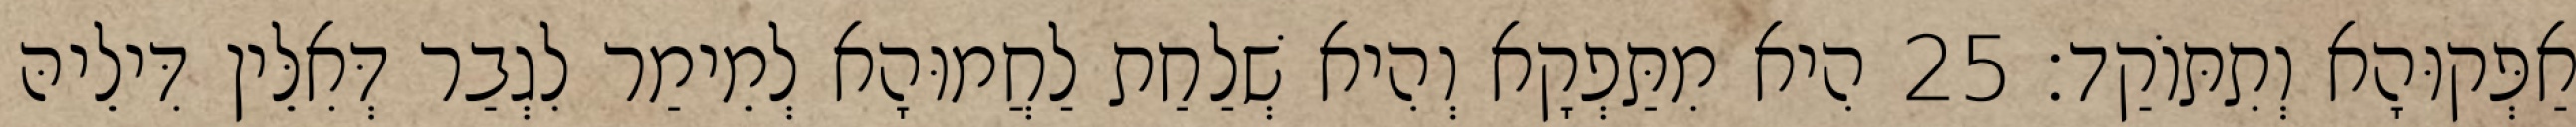
אַפְּקוּהָא וְתִתּוֹקַד׃ 25 הִיא מִתַּפְקָא וְהִיא שְׁלַחַת לַחֲמוּהָא לְמֵימַר לִגְבַר דְּאִלֵּין דִּילֵיהּ